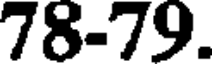
78-79.